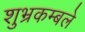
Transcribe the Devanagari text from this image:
शुभ्रकम्बले